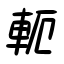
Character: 軛